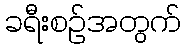
ခရီးစဉ်အတွက်